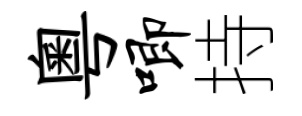
粤唧持